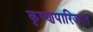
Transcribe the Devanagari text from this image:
कृष्णपारिजात